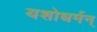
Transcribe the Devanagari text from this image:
यशोधर्मन्‌